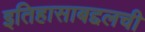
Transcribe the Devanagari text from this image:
इतिहासाबद्दलची